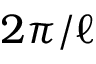
2 \pi / \ell